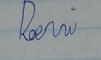
Signature authenticity: forged